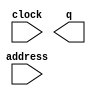
module rom_01 (
	address,
	clock,
	q);

	input	[7:0]  address;
	input	  clock;
	output	[15:0]  q;
`ifndef ALTERA_RESERVED_QIS
// synopsys translate_off
`endif
	tri1	  clock;
`ifndef ALTERA_RESERVED_QIS
// synopsys translate_on
`endif

endmodule